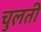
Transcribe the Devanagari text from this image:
चुलती